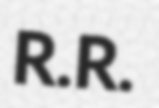
R.R.